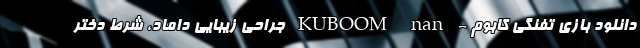
دانلود بازی تفنگی کابوم - KUBOOM nan جراحی زیبایی داماد، شرط دختر